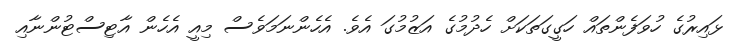
ޅައިރުގެ ހުވަފެންތައް ހަގީގަތަކަށް ހެދުމުގެ އަޒުމުގަ އެވެ. އެހެންނަމަވެސް މިއީ އެހެން އާޓިސްޓުންނާއި